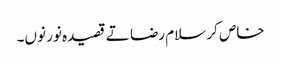
خاص کر سلام رضا تے قصیدہ نور نو‏ں۔